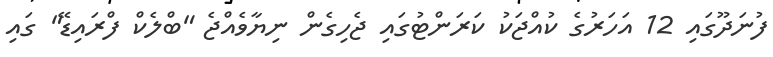
ފުނަދޫގައި 12 އަހަރުގެ ކުއްޖަކު ކަރަންޓުގައި ޖެހިގެން ނިޔާވެއްޖެ "ބްލެކް ފްރައިޑޭ" ގައި